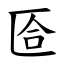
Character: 匼